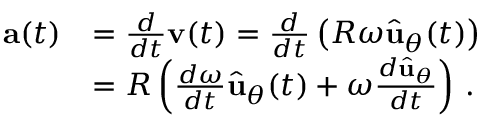
{ \begin{array} { r l } { \mathbf { a } ( t ) } & { = { \frac { d } { d t } } \mathbf { v } ( t ) = { \frac { d } { d t } } \left( R \omega { \hat { \mathbf { u } } } _ { \theta } ( t ) \right) } \\ & { = R \left( { \frac { d \omega } { d t } } { \hat { \mathbf { u } } } _ { \theta } ( t ) + \omega { \frac { d { \hat { \mathbf { u } } } _ { \theta } } { d t } } \right) \, . } \end{array} }